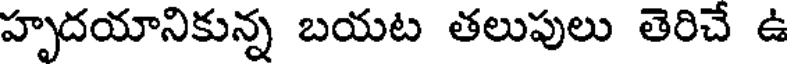
హృదయానికున్న బయట తలుపులు తెరిచే ఉ